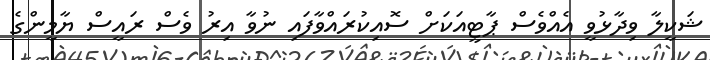
ޝަކީލާ ވިދާޅުވީ އެއްވެސް ޕާޓީއަކަށް ސޮއިކުރައްވާފައި ނުވާ އިރު ވެސް ރައީސް ޔާމީންގެ